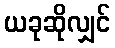
ယခုဆိုလျှင်